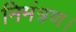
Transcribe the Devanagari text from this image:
निमंत्रण।